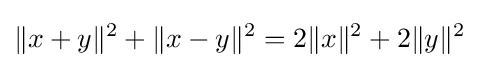
\|x+y\|^{2}+\|x-y\|^{2}=2\|x\|^{2}+2\|y\|^{2}